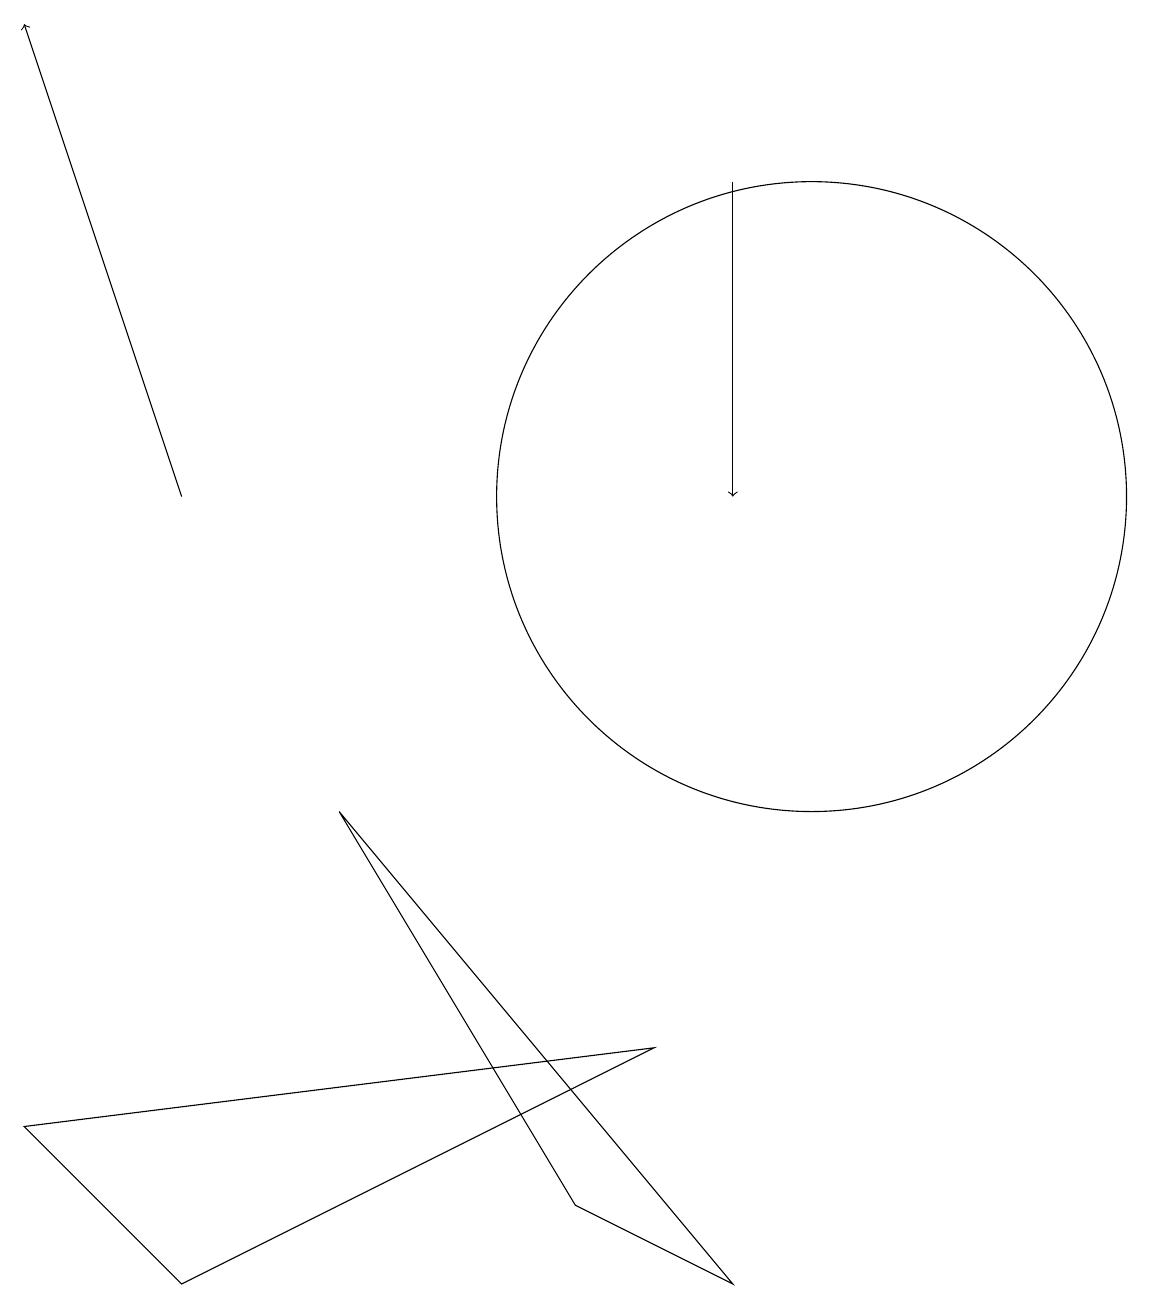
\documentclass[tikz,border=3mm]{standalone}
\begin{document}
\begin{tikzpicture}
\draw (8,4) -- (2,1) -- (0,3) -- cycle;
\draw (4,7) -- (7,2) -- (9,1) -- cycle;
\draw[->] (2,11) -- (0,17);
\draw (10,11) circle (4);
\draw[->] (9,15) -- (9,11);
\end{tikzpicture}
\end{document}